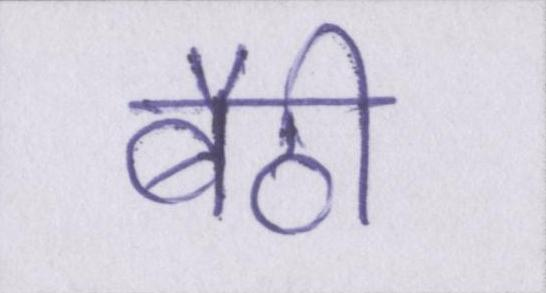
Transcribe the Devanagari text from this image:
बैठी